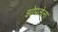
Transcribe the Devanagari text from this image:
झोपलेला